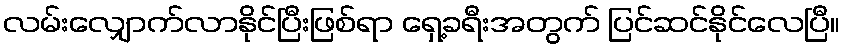
လမ်းလျှောက်လာနိုင်ပြီးဖြစ်ရာ ရှေ့ခရီးအတွက် ပြင်ဆင်နိုင်လေပြီ။